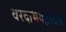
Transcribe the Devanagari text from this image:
वरदाभयहस्ताय